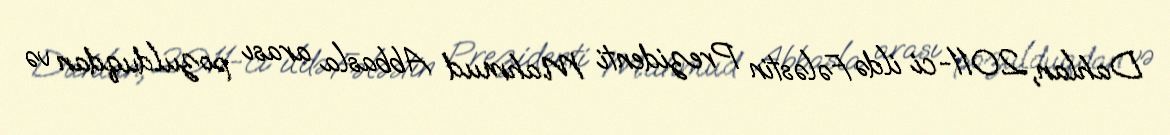
Dahlan, 2011-ci ildə Fələstin Prezidenti Mahmud Abbasla arası pozulduqdan və